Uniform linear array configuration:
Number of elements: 12
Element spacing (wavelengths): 0.5
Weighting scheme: hann
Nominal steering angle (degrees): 15
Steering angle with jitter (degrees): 16.479
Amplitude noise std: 0.05
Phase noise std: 0.05

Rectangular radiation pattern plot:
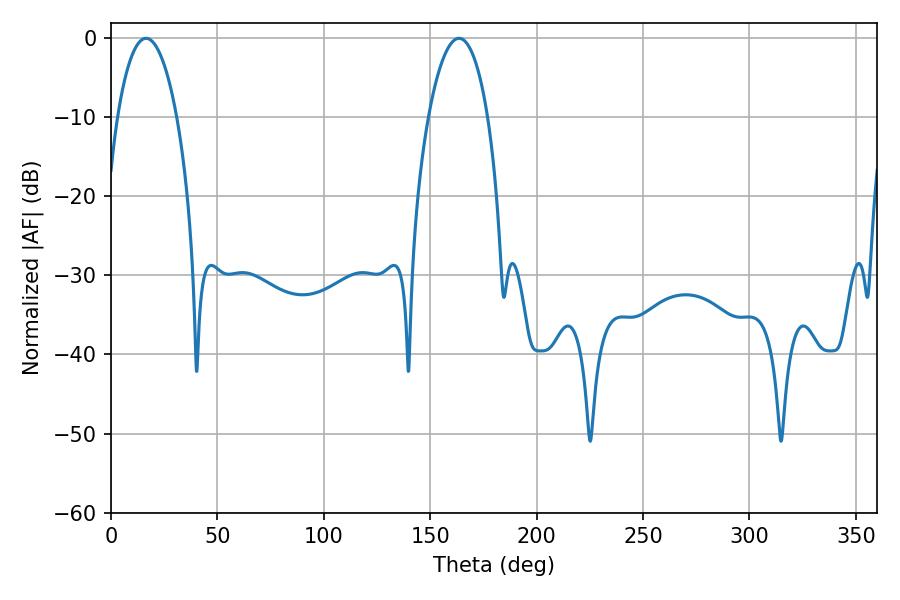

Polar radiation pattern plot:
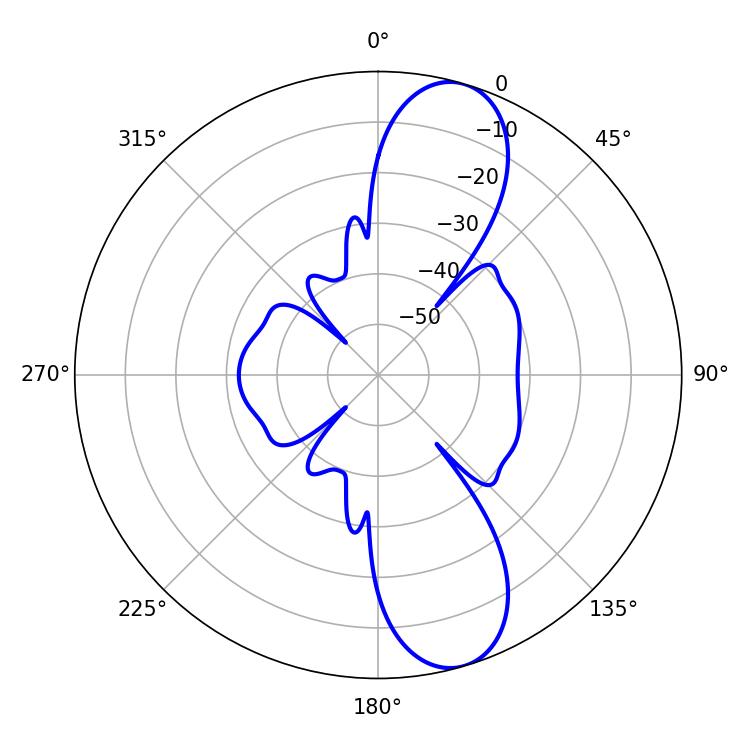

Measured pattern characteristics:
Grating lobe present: FALSE
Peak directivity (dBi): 10.804
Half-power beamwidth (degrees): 15.66
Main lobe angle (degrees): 16.38